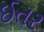
ઈતર